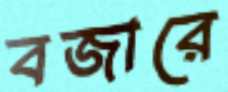
বজারে